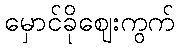
မှောင်ခိုဈေးကွက်